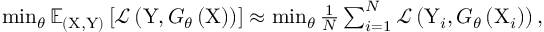
\begin{array} { r } { \operatorname* { m i n } _ { \theta } \mathbb { E } _ { ( \mathrm { X } , \mathrm { Y } ) } \left[ \mathcal { L } \left( \mathrm { Y } , G _ { \theta } \left( \mathrm { X } \right) \right) \right] \approx \operatorname* { m i n } _ { \theta } \frac { 1 } { N } \sum _ { i = 1 } ^ { N } \mathcal { L } \left( \mathrm { Y } _ { i } , G _ { \theta } \left( \mathrm { X } _ { i } \right) \right) , } \end{array}